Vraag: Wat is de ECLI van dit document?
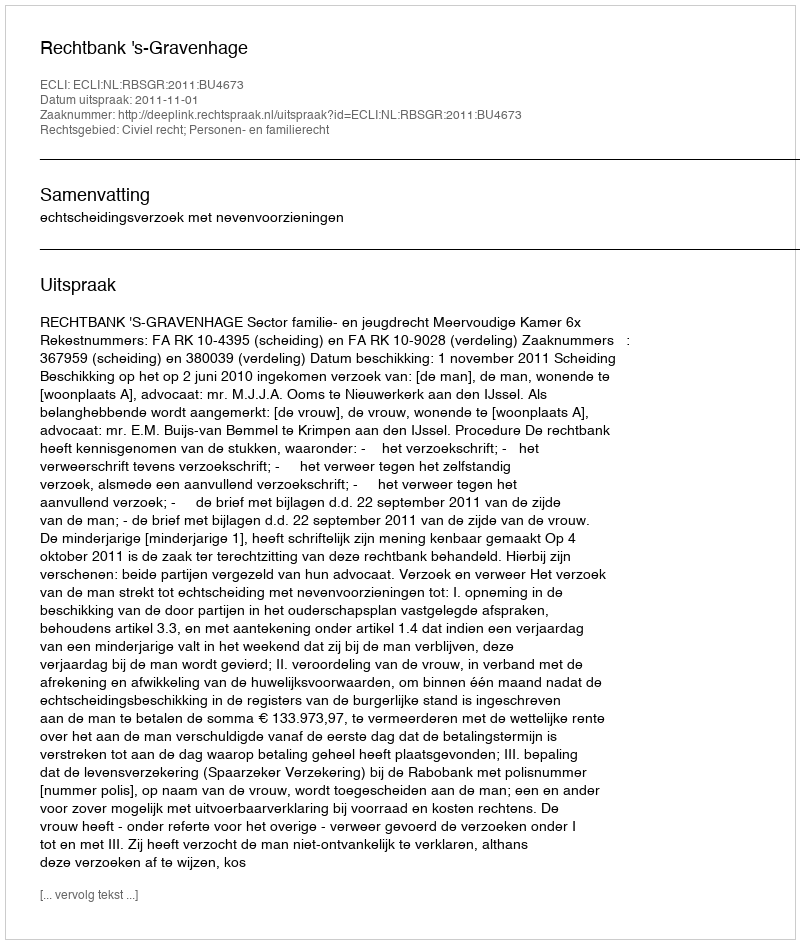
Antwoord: ECLI:NL:RBSGR:2011:BU4673